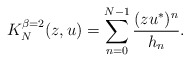
\begin{align*}K_N^{\beta=2}(z,u)=\sum_{n=0}^{N-1} \frac{(zu^*)^n}{h_n}.\end{align*}